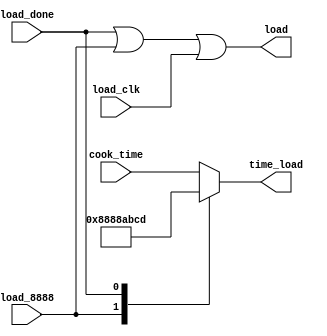
module loader(cook_time, load_done, load_8888, load_clk, time_load, load);
input [15:0] cook_time;
input load_done, load_8888, load_clk;
output [15:0] time_load;
output load;
reg [15:0] time_load;
wire load_data;

parameter [15:0] led_8888 = {4'd8, 4'd8, 4'd8, 4'd8},
		 led_done = {4'hA, 4'hB, 4'hC, 4'hD};


	assign load = (load_done | load_8888 | load_clk);

always @ (load_8888 or load_done or cook_time)
	case(1'b1) //synopsys parallel_case
		load_8888: time_load = led_8888;
		load_done: time_load = led_done;
		default:   time_load = cook_time;
	endcase

endmodule